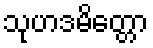
သုဟဒမိတ္တော